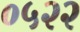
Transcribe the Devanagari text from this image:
०५२२